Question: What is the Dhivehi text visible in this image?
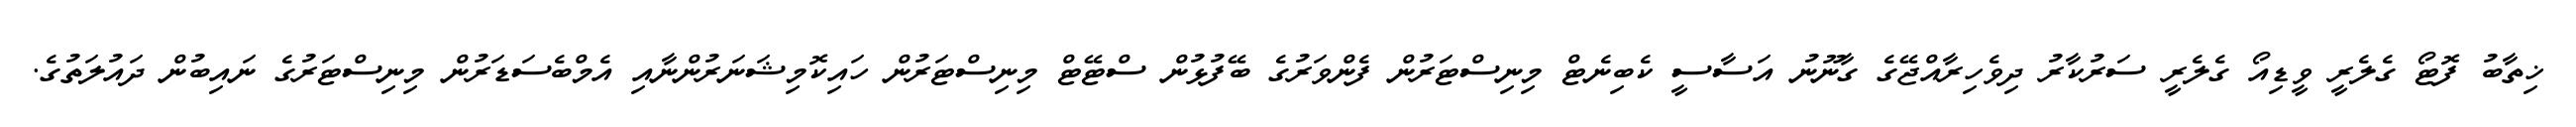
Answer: ޚިތާބު ފޮޓޯ ގެލެރީ ވީޑިއޯ ގެލެރީ ސަރުކާރު ދިވެހިރާއްޖޭގެ ގާނޫނު އަސާސީ ކެބިނެޓް މިނިސްޓަރުން ފެންވަރުގެ ބޭފުޅުން ސްޓޭޓް މިނިސްޓަރުން ހައިކޮމިޝަނަރުންނާއި އެމްބެސަޑަރުން މިނިސްޓަރުގެ ނައިބުން ދައުލަތުގެ.